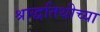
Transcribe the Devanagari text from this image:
श्राद्धतिथीच्या